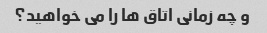
و چه زمانی اتاق ها را می خواهید؟